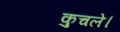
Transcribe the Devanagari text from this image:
कुचले।